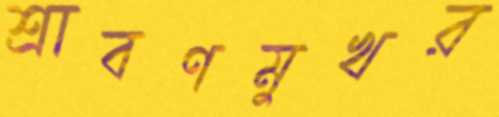
শ্রাবণমুখর